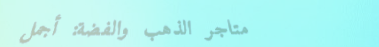
متاجر الذهب والفضة: أجمل